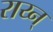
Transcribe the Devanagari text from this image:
राय्न्